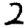
Digit: 2